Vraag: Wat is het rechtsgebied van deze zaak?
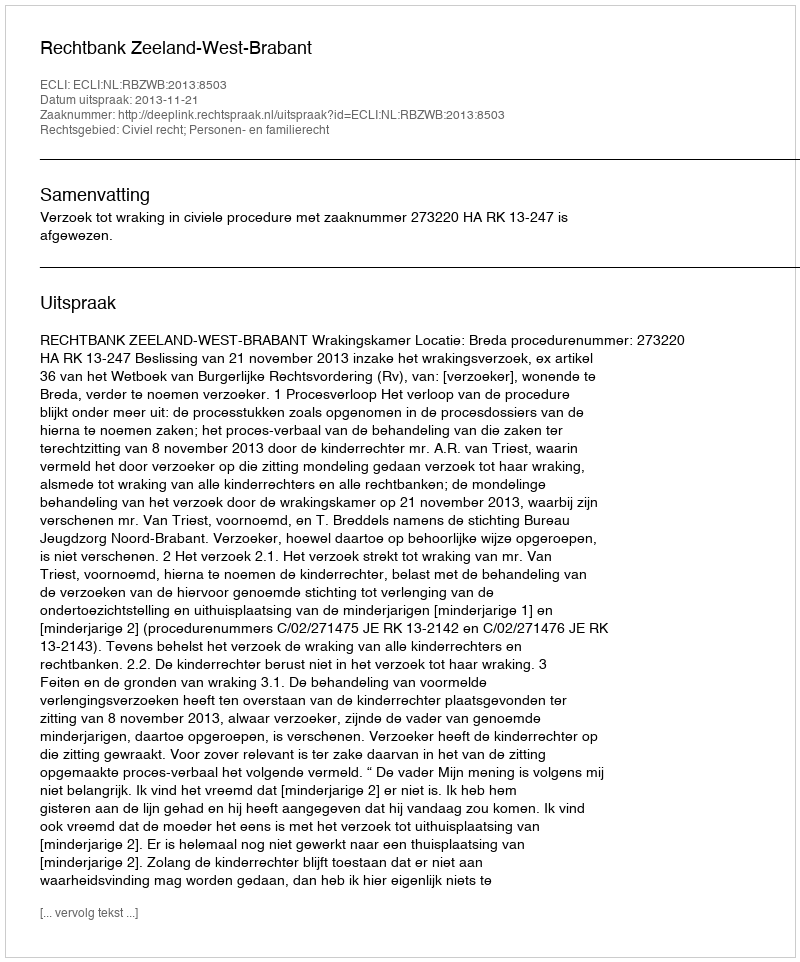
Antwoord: Civiel recht; Personen- en familierecht